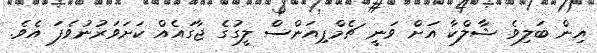
އިން ބަލިވެ ޝާލްކާ އަށް ވަނީ ޗެމްޕިއަންސް ލީގުގެ ޖާގައެއް ކަށަވަރުނުވެފަ އެވެ.